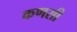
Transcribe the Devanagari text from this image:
कणसी